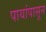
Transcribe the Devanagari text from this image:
पायांपासून